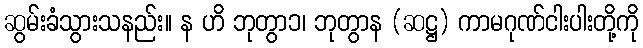
ဆွမ်းခံသွားသနည်း။ န ဟိ ဘုတွာ၁၊ ဘုတွာန (ဆဋ္ဌ) ကာမဂုဏ်ငါးပါးတို့ကို